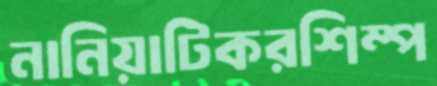
নানিয়াটিকরশিম্প